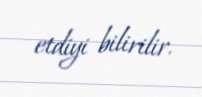
etdiyi bilirilir.